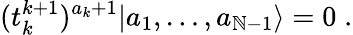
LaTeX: (t_{k}^{k+1})^{a_{k}+1}|a_{1},\ldots,a_{\mathbb{N}-1}\rangle=0\; .